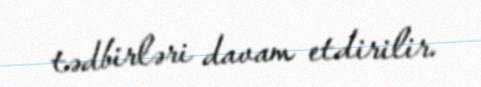
tədbirləri davam etdirilir.